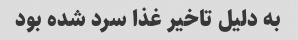
به دلیل تاخیر غذا سرد شده بود